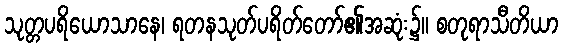
သုတ္တပရိယောသာနေ၊ ရတနသုတ်ပရိတ်တော်၏အဆုံး၌။ စတုရာသီတိယာ